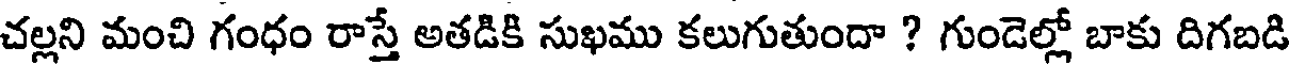
చల్లని మంచి గంధం రాస్తే అతడికి సుఖము కలుగుతుందా ? గుండెల్లో బాకు దిగబడి